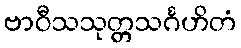
ဗာဝီသသုတ္တသင်္ဂဟိတံ